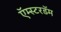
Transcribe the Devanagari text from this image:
ऍम्स्टरडॅम